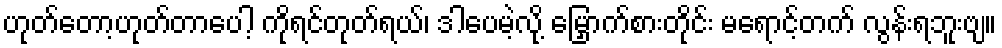
ဟုတ်တော့ဟုတ်တာပေါ့ ကိုရင်တုတ်ရယ်၊ ဒါပေမဲ့လို့ မြှောက်စားတိုင်း မရောင့်တက် လွန်းရဘူးဗျ။